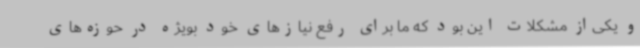
و یکی‌از مشکلات این بود که ما برای رفع نیازهای خود بویژه در حوزه‌های